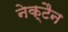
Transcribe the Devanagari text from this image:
नेक्टैन